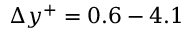
\Delta y ^ { + } = 0 . 6 - 4 . 1